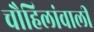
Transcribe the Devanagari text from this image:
चौहिलांवाली